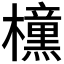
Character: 𭬯